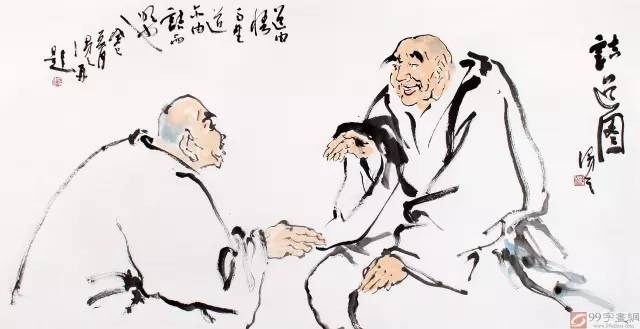
风自火出，家人君子以言有物而行有恒。